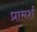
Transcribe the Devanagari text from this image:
प्रामर्श